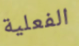
الفعلية